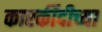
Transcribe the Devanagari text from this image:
कारर्कीदीच्या